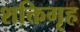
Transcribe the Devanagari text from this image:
शक्तिगृह